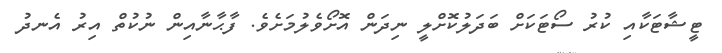
ޓީޝާޓަކާއި ކުރު ސޯޓަކަށް ބަދަލުކޮށްލީ ނިދަން އޮށޯވެލުމަށެވެ. ފާޙާނާއިން ނުކުތް އިރު އެނދު